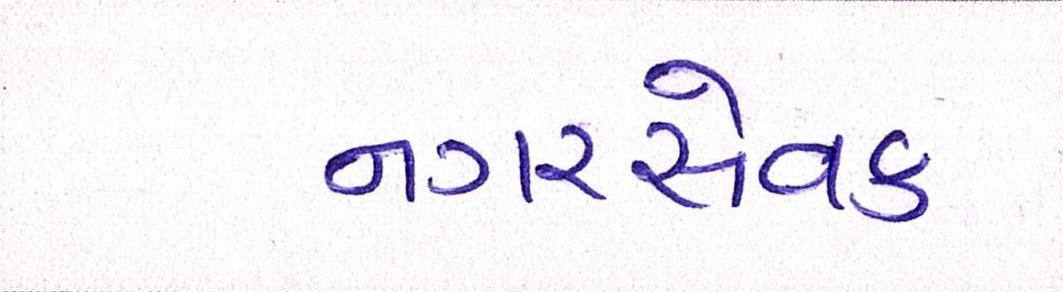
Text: નગરસેવક